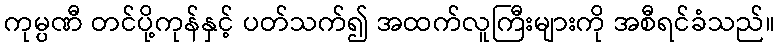
ကုမ္ပဏီ တင်ပို့ကုန်နှင့် ပတ်သက်၍ အထက်လူကြီးများကို အစီရင်ခံသည်။